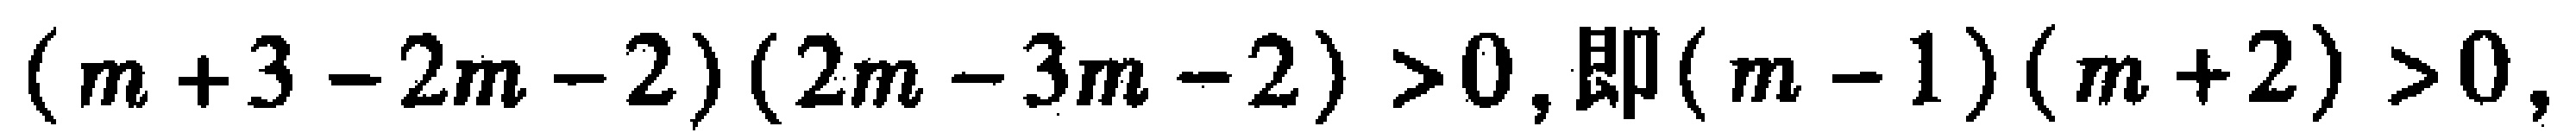
\((m + 3 - 2m - 2)(2m - 3m - 2) > 0,\text{即}(m - 1)(m + 2) > 0,\)